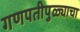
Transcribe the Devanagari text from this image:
गणपतीपुळ्याचा